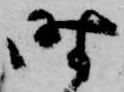
時